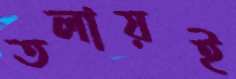
তলায়ই